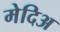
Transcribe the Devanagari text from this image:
मेदिअ